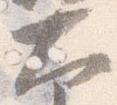
大